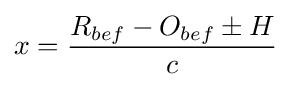
x={\frac {R_{bef}-O_{bef}\pm H}{c}}